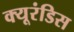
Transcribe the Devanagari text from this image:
क्यूरंडिस